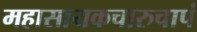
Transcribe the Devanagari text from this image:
महासायकचारुचापं